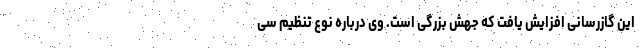
این گازرسانی افزایش یافت که جهش بزرگی است. وی درباره نوع تنظیم سی